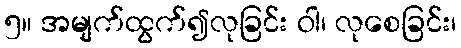
၅။ အမျက်ထွက်၍လုခြင်း ဝါ၊ လုစေခြင်း၊